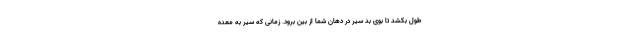
طول بکشد تا بوی بد سیر در دهان شما از بین برود. زمانی که سیر به معده